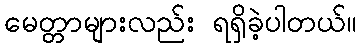
မေတ္တာများလည်း ရရှိခဲ့ပါတယ်။